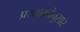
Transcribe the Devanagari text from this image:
प्रस्तावनेनुसार